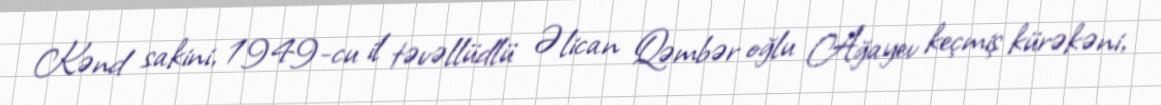
Kənd sakini, 1949-cu il təvəllüdlü Əlican Qəmbər oğlu Ağayev keçmiş kürəkəni,